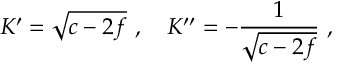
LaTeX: K ^ { \prime } = \sqrt { c - 2 f } \ , \ \ \ K ^ { \prime \prime } = - \frac { 1 } { \sqrt { c - 2 f } } \ ,